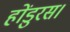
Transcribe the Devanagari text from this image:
होंडुरस।